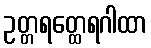
ဥတ္တရတ္ထေရဂါထာ